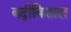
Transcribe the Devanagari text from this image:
बद्रीविशाल